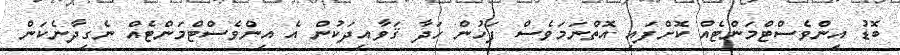
ބޮޑު އިންވެސްޓްމަންޓެއް ކޮށްފައި އޮތްނަމަވެސް ފަހުން ހަދާ ޤަވާއިދަކުން އެ އިންވެސްޓްމަންޓެއް ނެގިދާނެކަން